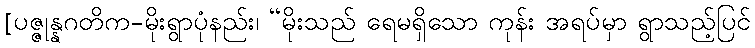
[ပဇ္ဇုန္နဂတိက-မိုးရွာပုံနည်း၊ “မိုးသည် ရေမရှိသော ကုန်း အရပ်မှာ ရွာသည့်ပြင်